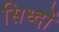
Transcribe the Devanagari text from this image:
सिध्दों